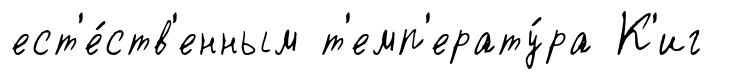
ест'е́ств'енным т'емп'ерату́ра К'иг